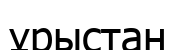
ұрыстан